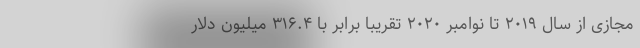
مجازی از سال ۲۰۱۹ تا نوامبر ۲۰۲۰ تقریبا برابر با ۳۱۶.۴ میلیون دلار